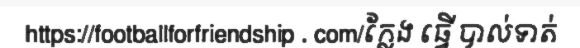
https://footballforfriendship . com/ក្លែង ធ្វើ បាល់ទាត់